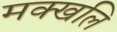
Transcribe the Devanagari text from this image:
मक्खलि